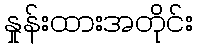
နှုန်းထားအတိုင်း